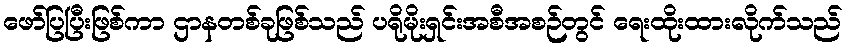
ဖော်ပြပြီးဖြစ်ကာ ဌာနတစ်ခုဖြစ်သည် ပရိုမိုးရှင်းအစီအစဉ်တွင် ရေးထိုးထားလိုက်သည်